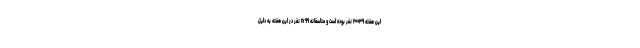
این هفته ۲۰۰۳۹ نفر بوده است و متاسفانه ۱۷۹۹ نفر در این هفته به دلیل